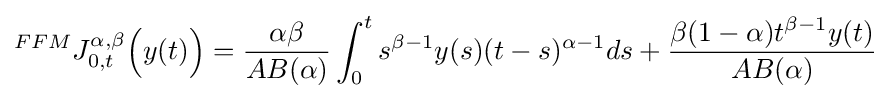
^{FFM}J_{0,t}^{\alpha ,\beta }{\Big (}y(t){\Big )}={\dfrac {\alpha \beta }{AB(\alpha )}}\int _{0}^{t}s^{\beta -1}y(s)(t-s)^{\alpha -1}ds+{\dfrac {\beta (1-\alpha )t^{\beta -1}y(t)}{AB(\alpha )}}